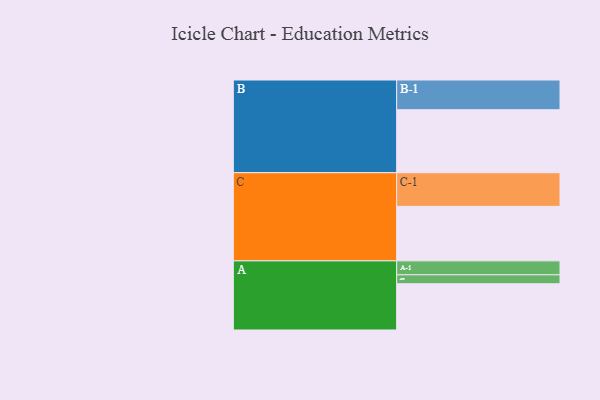
{"axis": {"x": "Segment", "y": "Value"}, "legend": ["", "A", "B", "C"], "data": [{"x": "A", "y": 392, "type": ""}, {"x": "B", "y": 534, "type": ""}, {"x": "C", "y": 462, "type": ""}, {"x": "A-1", "y": 118, "type": "A"}, {"x": "A-2", "y": 76, "type": "A"}, {"x": "B-1", "y": 252, "type": "B"}, {"x": "C-1", "y": 285, "type": "C"}]}